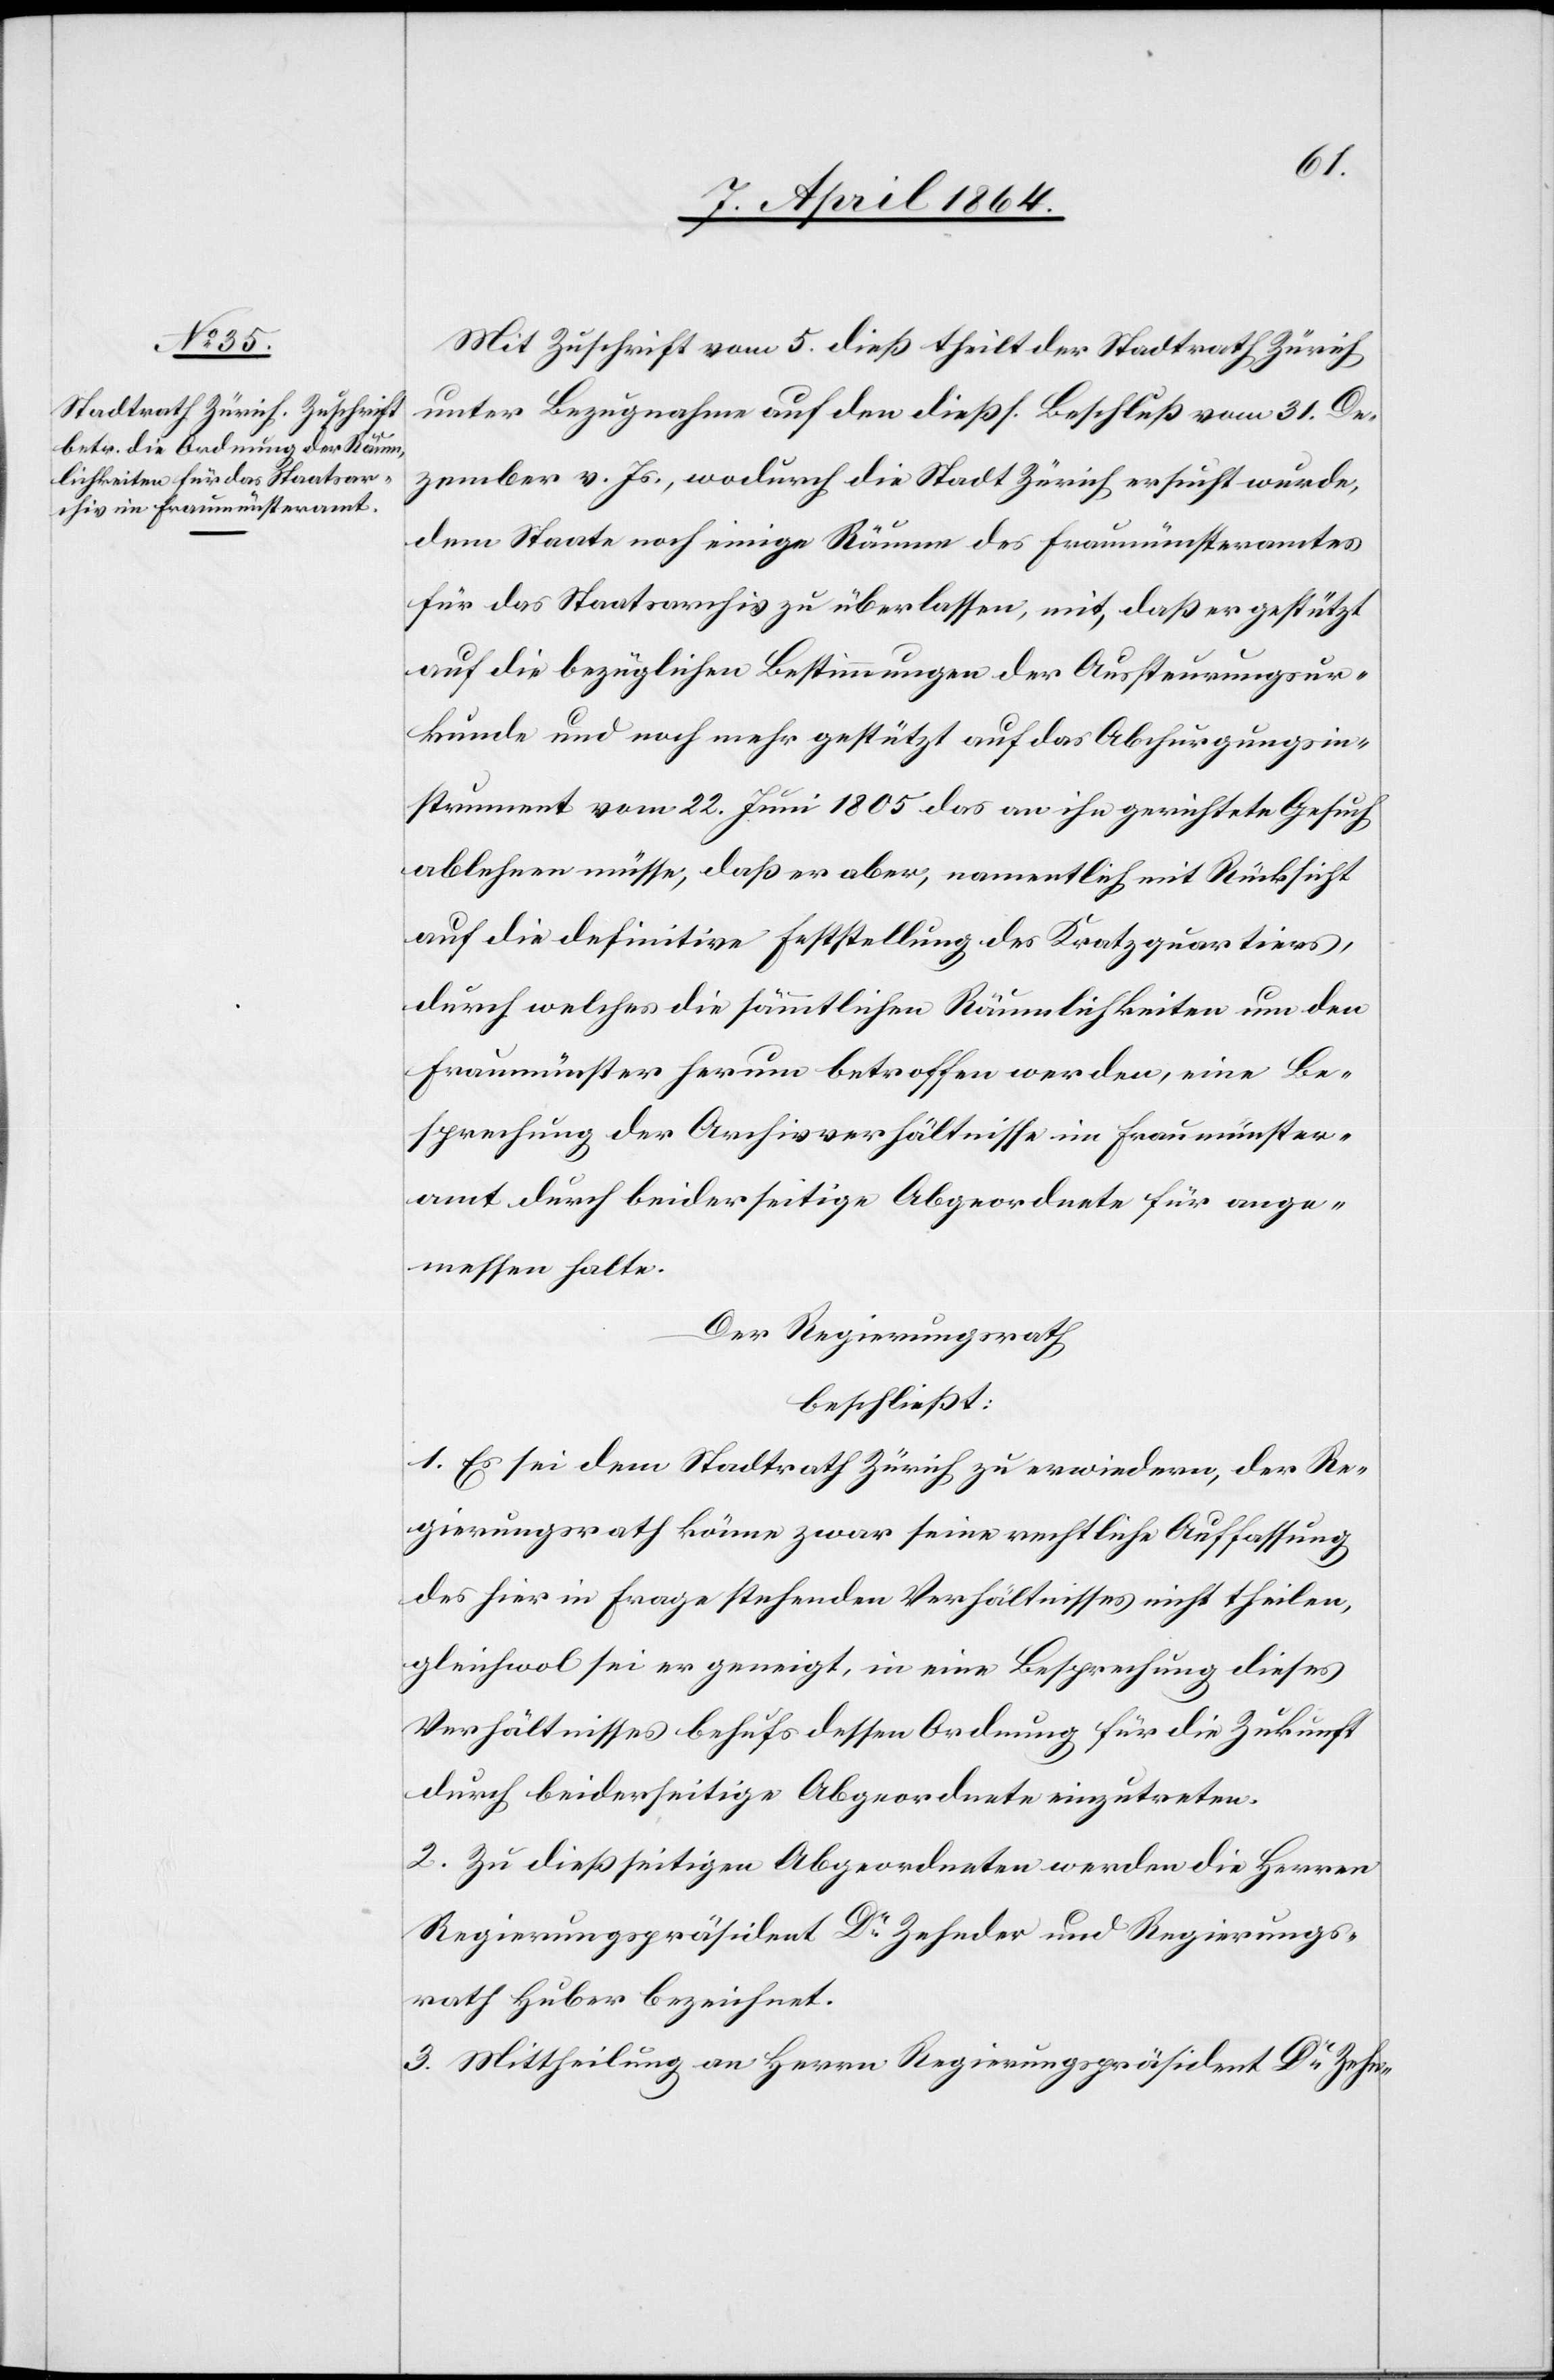
rungsin¬

Mit Zuschrift vom 5. dieß theilt der Stadtrath Zürich
unter Bezugnahme auf den dießf. Beschluß vom 31. De¬
zember v. Js., wodurch die Stadt Zürich ersucht wurde,
dem Staate noch einige Räume des Fraumünsteramtes
für das Staatsarchiv zu überlassen, mit, daß er gestützt
auf die bezüglichen Bestimmungen der Aussteuerungsur¬
kunde und noch mehr gestützt auf das Abchurgungsins¬
strument] vom 22. Juni 1805 das an ihn gerichtete Gesuch
ablehnen müsse, daß er aber, namentlich mit Rücksicht
auf die definitive Feststellung des Kratzquartiers,
durch welches die sämmtlichen Räumlichkeiten um den
Fraumünster herum betroffen werden, eine Be¬
sprechung der Archivverhältnisse im Fraumünster¬
amt durch beiderseitige Abgeordnete für ange¬
messen halte.
Der Regierungsrath
beschließt:
1. Es sei dem Stadtrath Zürich zu erwiedern, der Re¬
gierungsrath könne zwar seine rechtliche Auffassung
des hier in Frage stehenden Verhältnisses nicht theilen,
gleichwol sei er geneigt, in eine Besprechung dieses
Verhältnisses behufs dessen Ordnung für die Zukunft
durch beiderseitige Abgeordnete einzutreten.
2. Zu dießseitigen Abgeordneten werden die Herren
Regierungspräsident Dr Zehnder und Regierungs¬
rath Huber bezeichnet.
3. Mittheilung an Herrn Regierungspräsident Dr Zehn-